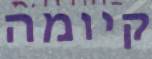
קיומה